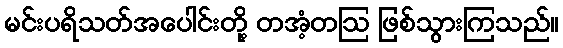
မင်းပရိသတ်အပေါင်းတို့ တအံ့တဩ ဖြစ်သွားကြသည်။